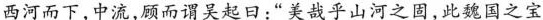
西河而下，中流，顾而谓吴起曰：“美哉乎山河之固，此魏国之宝